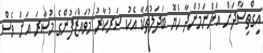
އިގްތިސާދަށް އަންނަމުންދާ ހެޔޮ ބަދަލުތަކާ އެކު ސަރުކާރު މުވައްޒަފުންގެ މުސާރަ އަށް ވެސް